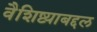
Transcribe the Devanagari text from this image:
वैशिष्ट्याबद्दल